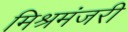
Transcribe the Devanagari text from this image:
मिश्रमंजरी